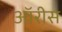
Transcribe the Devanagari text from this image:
ऑरीस